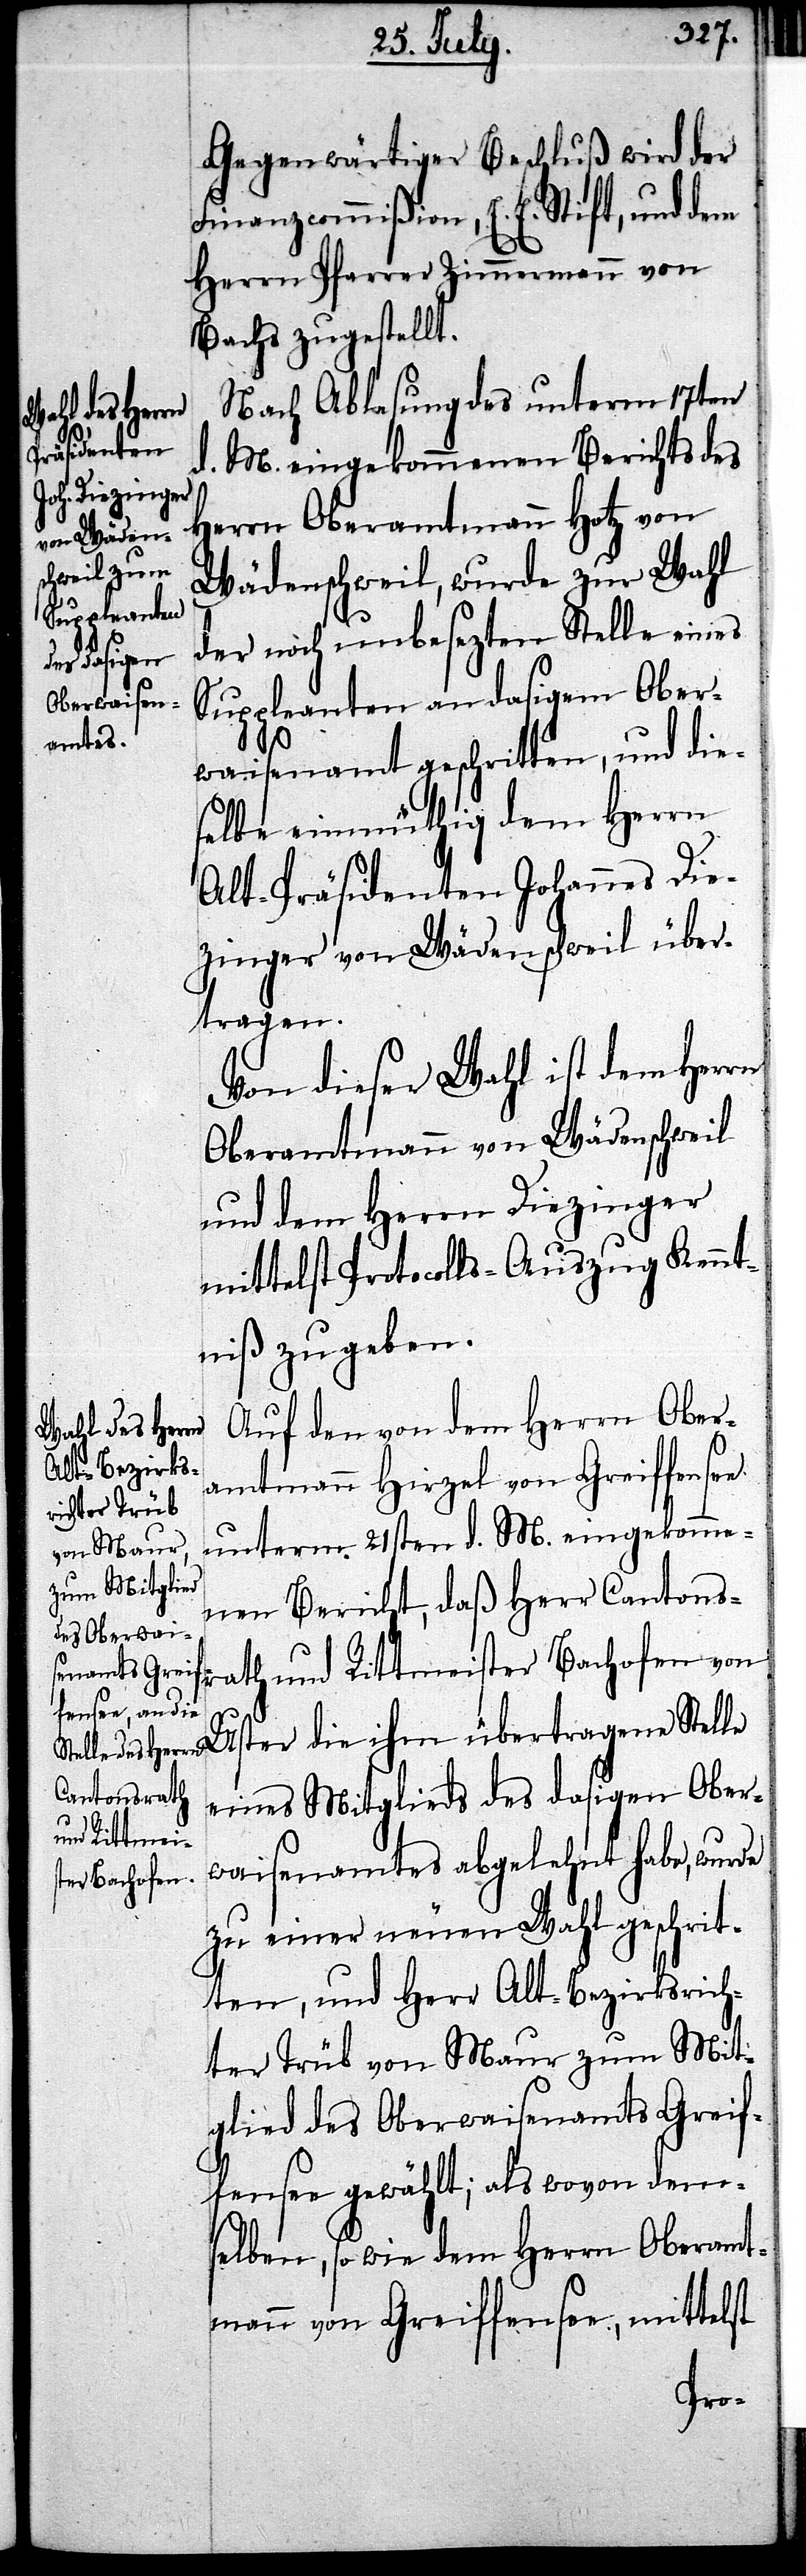
Gegenwärtiger Beschluß wird der
Finanzcommißion, E. E. Stift, und dem
Herrn Pfarrer Zimmermann von
Bachs zugestellt.
Nach Ablesung des unterm 17ten
M. eingekommenen Berichts des
d.
Herrn Oberamtmann Hotz von
Wädenschweil, wurde zur Wahl
der noch unbesezten Stelle eines
Suppleanten an dasigem Ober¬
waisenamt geschritten, und die¬
selbe einmüthig dem Herrn
Alt-Präsidenten Johannes Die¬
zinger von Wädenschweil über¬
tragen.
Von dieser Wahl ist dem Herrn
Oberamtmann von Wädenschweil
und dem Herrn Diezinger
mittelst Protocolls-Auszug Kennt¬
niß zu geben.
Auf den von dem Herrn Ober¬
amtmann Hirzel von Greiffensee
unterm 21sten d. M. eingekomme¬
nen Bericht, daß Herr Canto¬
nsrath und Rittmeister Bachofen von
Uster die ihm übertragene Stelle
eines Mitglieds des dasigen Ober¬
waisenamtes abgelehnt habe, wurde
zu einer neuen Wahl geschrit¬
ten, und Herr Alt-Bezirksrich¬
ter Trüb von Maur zum Mit¬
glied des Oberwaisenamts Greif¬
fensee gewählt; als wovon dem¬
selben, so wie dem Herrn Oberamt¬
mann von Greiffensee, mittelst